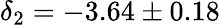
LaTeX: \delta_{2}=-3.64\pm 0.18